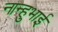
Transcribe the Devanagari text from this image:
नान्हुभाई